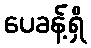
ပေခန့်ရှိ